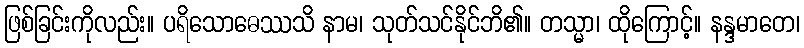
ဖြစ်ခြင်းကိုလည်း။ ပရိသောဓေဿသိ နာမ၊ သုတ်သင်နိုင်ဘိ၏။ တသ္မာ၊ ထိုကြောင့်။ နန္ဒမာတေ၊